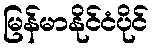
မြန်မာနိုင်ငံပိုင်